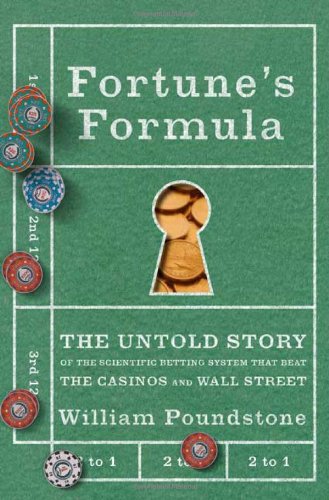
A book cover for Fortune's Formula: The Untold Story of the Scientific Betting System That Beat the Casinos and Wall Street; William Poundstone; Humor & Entertainment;